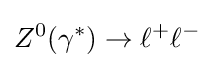
Z^{0}(\gamma ^{*})\to \ell ^{+}\ell ^{-}